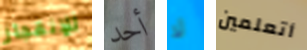
للإنفجار أحد لا أتعلمين